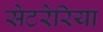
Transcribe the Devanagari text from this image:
सेटरेरिया